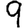
Digit: 9